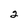
Character: 2